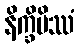
နိက္ခိပိဿံ